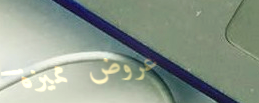
عروض مميزة